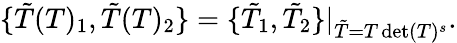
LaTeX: \{ \tilde{T}(T)_{1},\tilde{T}(T)_{2}\} =\{ \tilde{T}_{1},\tilde{T}_{2}\} |_{\tilde{T}=T\operatorname*{det}(T)^{s}}.